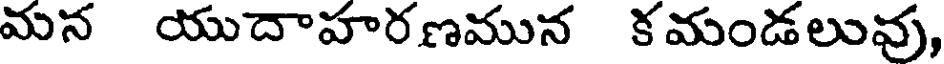
మన యుదాహరణమున కమండలువు,